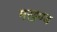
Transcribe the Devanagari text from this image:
मखण्ड